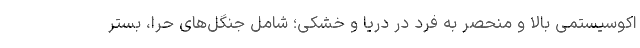
اکوسیستمی بالا و منحصر به فرد در دریا و خشکی؛ شامل جنگل‌های حرا، بستر